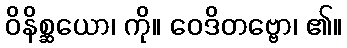
ဝိနိစ္ဆယော၊ ကို။ ဝေဒိတဗ္ဗော၊ ၏။